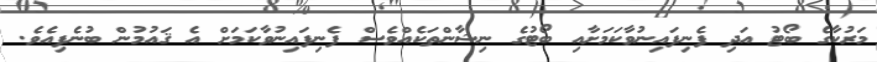
މަރުކާގެ ބޯޓު އަދި ފެނިފައިނުވާކަމަށާއި ބޯޓުގެ ނިޝާންތަކެއްވެސް ފެނިފައިނުވާކަމަށް އެ ޤައުމުން ބުނެފިއެވެ.